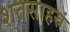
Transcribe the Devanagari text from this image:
शतसाहस्रं